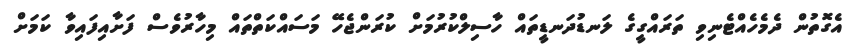
އެގޮތުން ދެމެހެއްޓެނިވި ތަރައްގީގެ ލަނޑުދަނޑީތައް ހާސިލްކުރުމަށް ކުރަންޖެހޭ މަސައްކަތްތައް މިހާރުވެސް ފަށާއިފައިވާ ކަމަށް